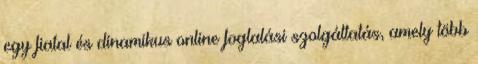
egy fiatal és dinamikus online foglalási szolgáltatás, amely több